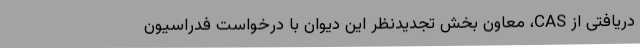
دریافتی از CAS، معاون بخش تجدیدنظر این دیوان با درخواست فدراسیون